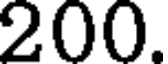
200.